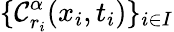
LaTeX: \{ \mathcal{C}_{r_{i}}^{\alpha}(x_{i},t_{i})\} _{i\in I}